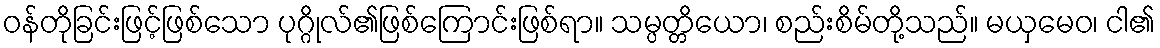
ဝန်တိုခြင်းဖြင့်ဖြစ်သော ပုဂ္ဂိုလ်၏ဖြစ်ကြောင်းဖြစ်ရာ။ သမ္ပတ္တိယော၊ စည်းစိမ်တို့သည်။ မယှမေဝ၊ ငါ၏